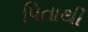
પિતાથી